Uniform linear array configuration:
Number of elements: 64
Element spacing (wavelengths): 0.5
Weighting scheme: uniform
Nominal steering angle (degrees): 30
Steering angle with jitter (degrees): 28.783
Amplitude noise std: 0.05
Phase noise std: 0.05

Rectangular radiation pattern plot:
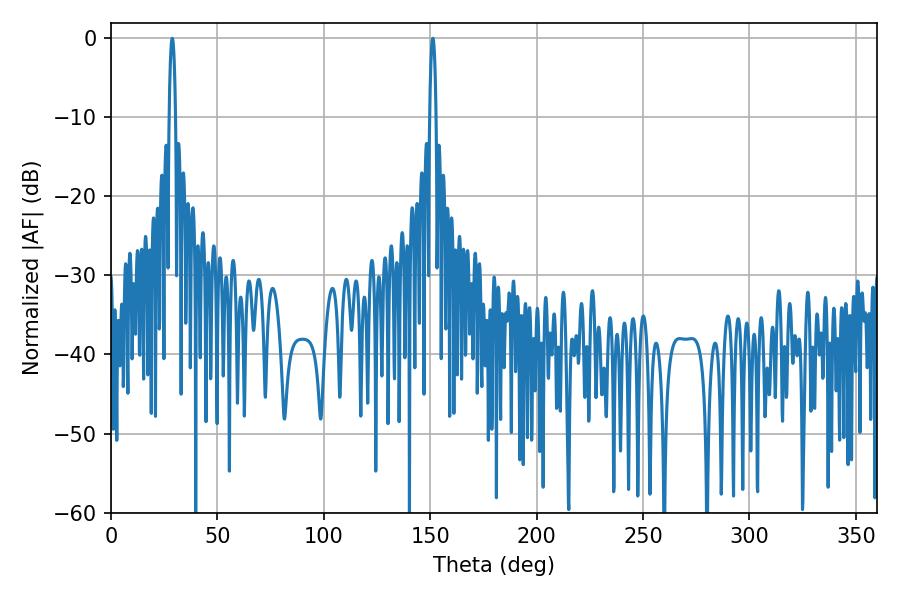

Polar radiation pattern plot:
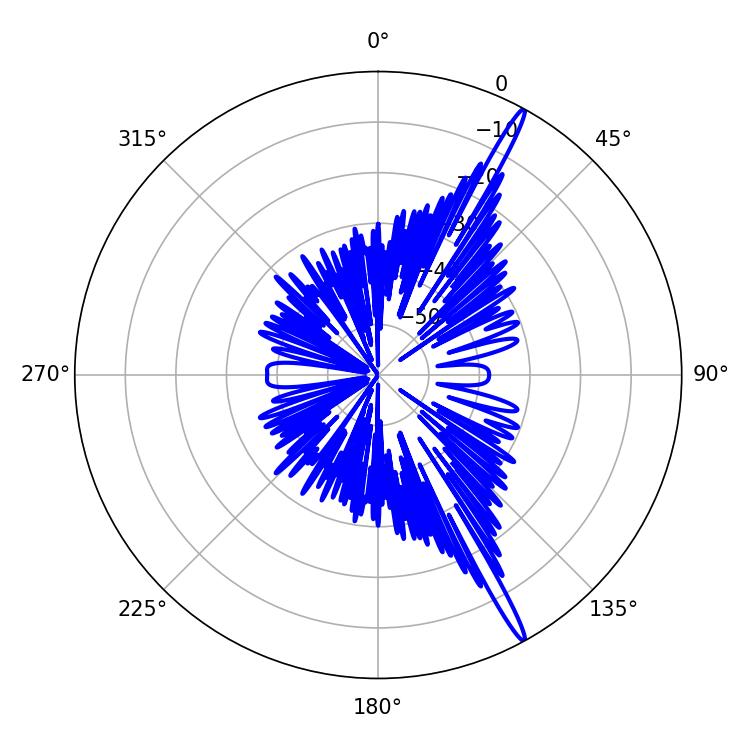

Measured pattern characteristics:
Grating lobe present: FALSE
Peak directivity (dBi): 17.639
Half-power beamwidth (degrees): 1.62
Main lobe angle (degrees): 151.2